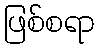
ဖြစ်စရာ